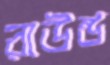
রাউন্ড